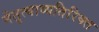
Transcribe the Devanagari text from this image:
नेतृत्वाव्यतिरिक्त